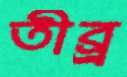
তীব্র্র্র